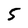
Character: 5